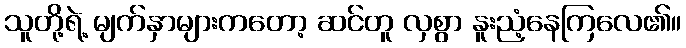
သူတို့ရဲ့ မျက်နှာများကတော့ ဆင်တူ လှစွာ နူးညံ့နေကြလေ၏။